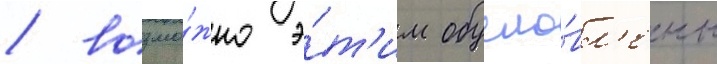
/ возмо́жно э́т'им обусло́вл'ены